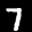
Label: 7